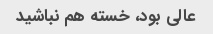
عالی بود، خسته هم نباشید